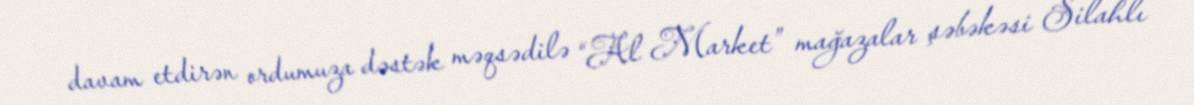
davam etdirən ordumuza dəstək məqsədilə “Al Market” mağazalar şəbəkəsi Silahlı